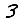
Digit: 3